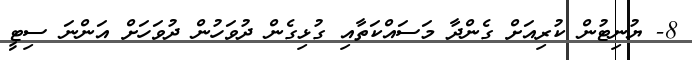
8- ޔުނިޓުން ކުރިއަށް ގެންދާ މަސައްކަތާއި ގުޅިގެން ދުވަހުން ދުވަހަށް އަންނަ ސިޓީ